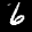
Label: 6